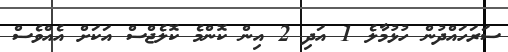
ސަރަހައްދުން ހުޅުމާލެ 1 އަދި 2 އިން ކޮންމެ ކޮލެޖްސް އަކަށް އެއްވެސް